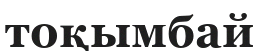
тоқымбай